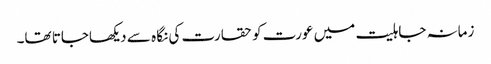
زمانہ جاہلیت میں عورت کو حقارت کی نگا ہ سے دیکھاجاتا تھا۔